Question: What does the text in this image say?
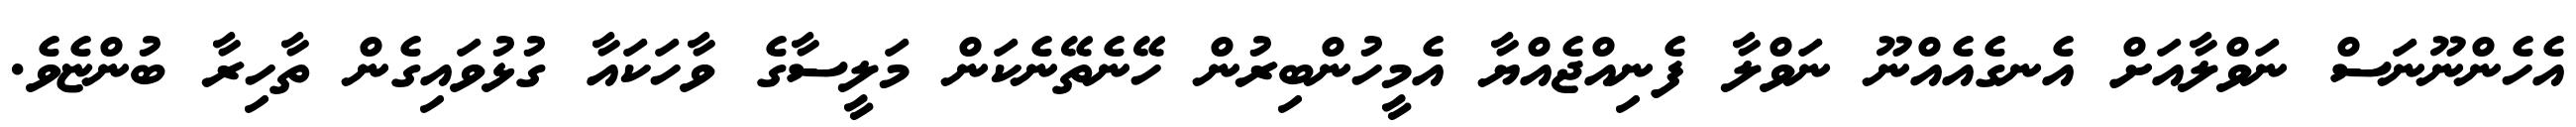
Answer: އެހެންނޫނަސް ނަވްލާއަށް އެނގެއެއްނޫ ނަވްލާ ފެނިއްޖެއްޔާ އެމީހުންބިރުން ހޭނެތޭނެކަން މަލީސާގެ ވާހަކައާ ގުޅުވައިގެން ތާހިރާ ބުންޏެވެ.